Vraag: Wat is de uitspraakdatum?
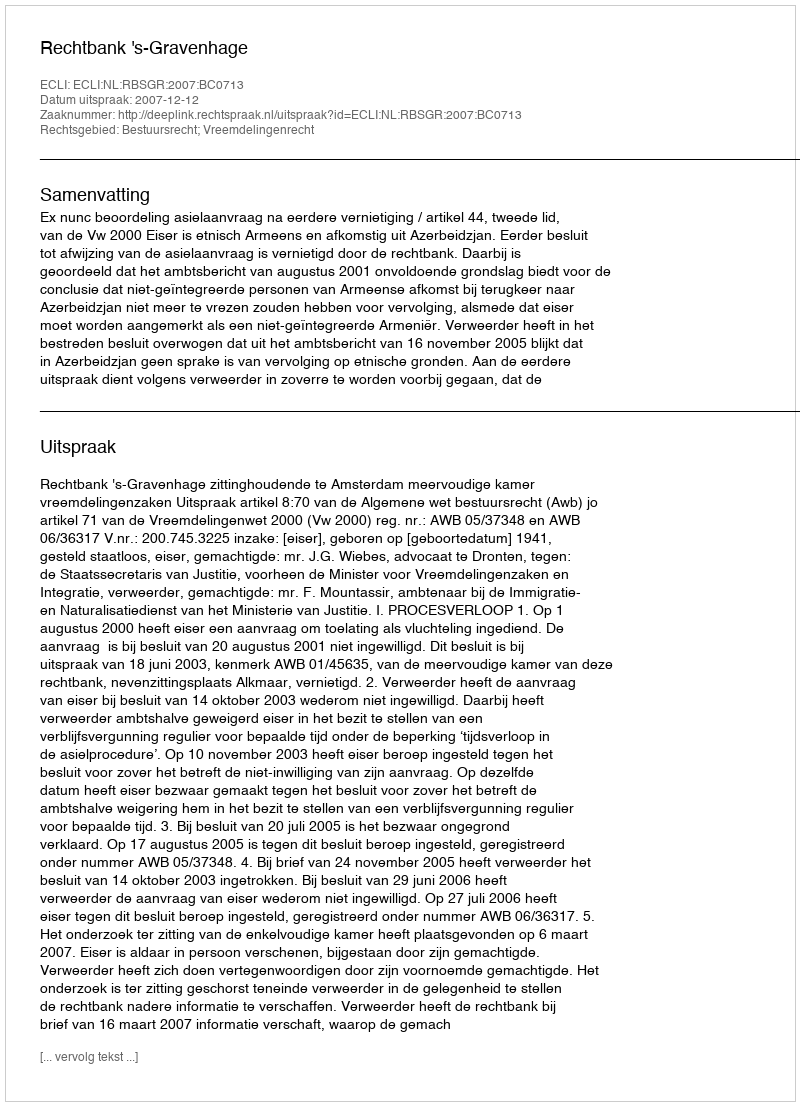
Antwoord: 2007-12-12